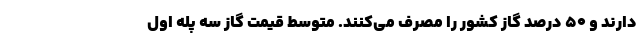
دارند و ۵۰ درصد گاز کشور را مصرف می‌کنند. متوسط قیمت گاز سه پله اول